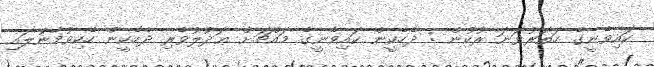
ކައިވެނީގެ ހަތަރުވަނަ ރުކުން : ދެހެކީން ކައިވެނީގެ މައްޗަށް ޢަދުލުވެރި ދެހެކީން ހެކިވުމާނުލައި